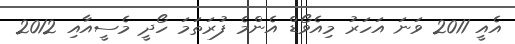
އެއީ 2011 ވަނަ އަހަރު މިއެވޯޑް އެންމެ ފުރަތަމަ ހޯދީ މެސީއާއި 2012